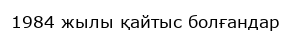
1984 жылы қайтыс болғандар